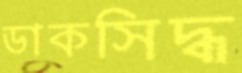
ডাকসিদ্ধ